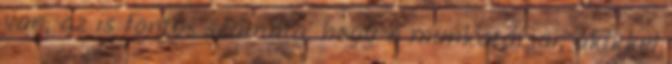
van, az is fontos számára, hogy a munkatársai, akikkel